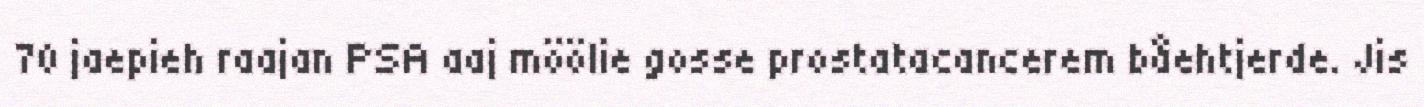
70 jaepieh raajan PSA aaj möölie gosse prostatacancerem båehtjerde. Jis